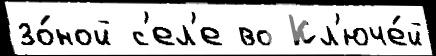
зо́ной с'ел'е во Кл'юче́й